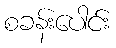
စခန်းပေါင်း